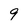
Character: 9